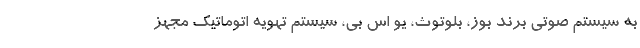
به سیستم صوتی برند بوز، بلوتوث، یو اس بی، سیستم تهویه اتوماتیک مجهز